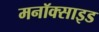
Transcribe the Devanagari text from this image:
मनॉक्साइड